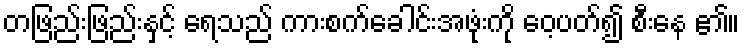
တဖြည်းဖြည်းနှင့် ရေသည် ကားစက်ခေါင်းအဖုံးကို ဝေ့ပတ်၍ စီးနေ ၏။